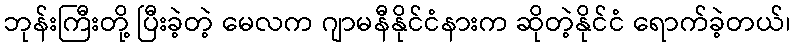
ဘုန်းကြီးတို့ ပြီးခဲ့တဲ့ မေလက ဂျာမနီနိုင်ငံနားက ဆိုတဲ့နိုင်ငံ ရောက်ခဲ့တယ်၊